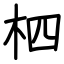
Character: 柶